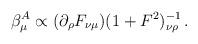
LaTeX: \begin{align*}\beta _{\mu }^{A}\propto (\partial _{\rho }F_{\nu \mu })(1+F^{2})^{-1}_{\nu \rho }\,.\end{align*}